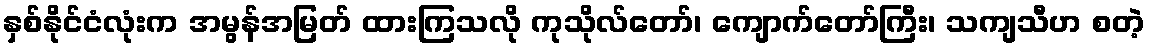
နှစ်နိုင်ငံလုံးက အမွန်အမြတ် ထားကြသလို ကုသိုလ်တော်၊ ကျောက်တော်ကြီး၊ သကျသီဟ စတဲ့